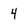
Character: 4